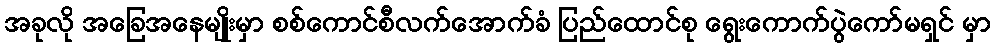
အခုလို အခြေအနေမျိုးမှာ စစ်ကောင်စီလက်အောက်ခံ ပြည်ထောင်စု ရွေးကောက်ပွဲကော်မရှင် မှာ